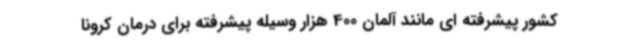
کشور پیشرفته ای مانند آلمان 400 هزار وسیله پیشرفته برای درمان کرونا